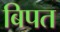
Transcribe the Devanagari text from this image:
बिपत